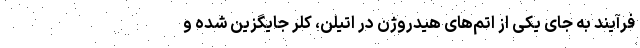
فرآیند به جای یکی از اتم‌های هیدروژن در اتیلن، کلر جایگزین شده و